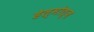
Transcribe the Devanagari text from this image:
हेल्मोत्ज़